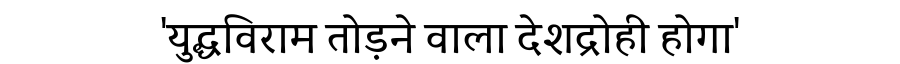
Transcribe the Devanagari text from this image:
'युद्धविराम तोड़ने वाला देशद्रोही होगा'